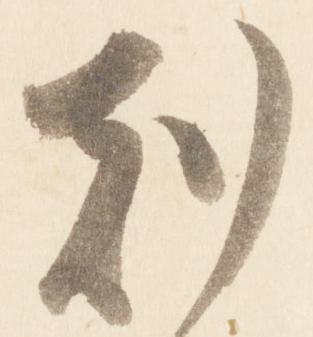
刻